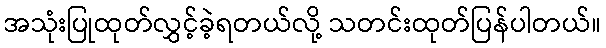
အသုံးပြုထုတ်လွှင့်ခဲ့ရတယ်လို့ သတင်းထုတ်ပြန်ပါတယ်။